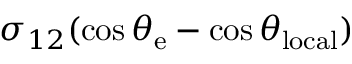
\sigma _ { 1 2 } ( \cos \theta _ { \mathrm { { e } } } - \cos \theta _ { \mathrm { { l o c a l } } } )